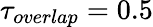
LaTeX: \tau_{overlap}=0.5